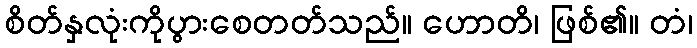
စိတ်နှလုံးကိုပွားစေတတ်သည်။ ဟောတိ၊ ဖြစ်၏။ တံ၊